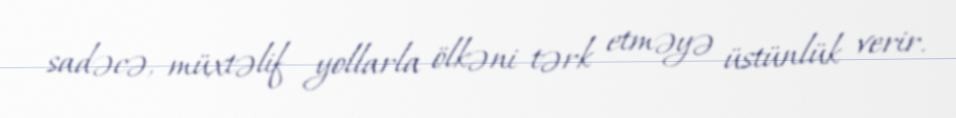
sadəcə, müxtəlif yollarla ölkəni tərk etməyə üstünlük verir.